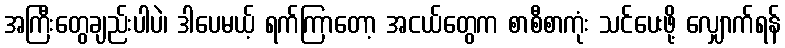
အကြီးတွေချည်းပါပဲ၊ ဒါပေမယ့် ရက်ကြာတော့ အငယ်တွေက စာစီစာကုံး သင်ပေးဖို့ လျှောက်ရန်